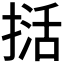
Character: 𭡭